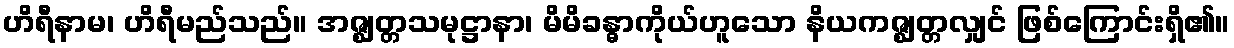
ဟိရီနာမ၊ ဟိရီမည်သည်။ အဇ္ဈတ္တသမုဋ္ဌာနာ၊ မိမိခန္ဓာကိုယ်ဟူသော နိယကဇ္ဈတ္တလျှင် ဖြစ်ကြောင်းရှိ၏။